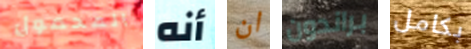
المحمول أنه ان براندون بكامل